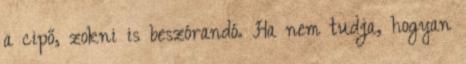
a cipő, zokni is beszórandó. Ha nem tudja, hogyan